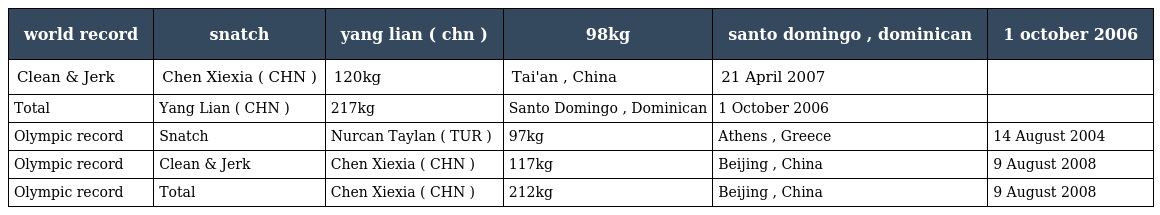
| world record | snatch | yang lian ( chn ) | 98kg | santo domingo , dominican | 1 october 2006 |
 | --- | --- | --- | --- | --- | --- |
 | Clean & Jerk | Chen Xiexia ( CHN ) | 120kg | Tai'an , China | 21 April 2007 |  |
 | Total | Yang Lian ( CHN ) | 217kg | Santo Domingo , Dominican | 1 October 2006 |  |
 | Olympic record | Snatch | Nurcan Taylan ( TUR ) | 97kg | Athens , Greece | 14 August 2004 |
 | Olympic record | Clean & Jerk | Chen Xiexia ( CHN ) | 117kg | Beijing , China | 9 August 2008 |
 | Olympic record | Total | Chen Xiexia ( CHN ) | 212kg | Beijing , China | 9 August 2008 |